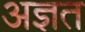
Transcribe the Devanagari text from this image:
अज्ञत